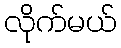
လိုက်မယ်